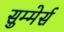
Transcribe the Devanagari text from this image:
सुम्मेर्स